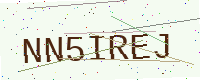
Text: NN5IREJ